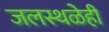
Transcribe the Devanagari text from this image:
जलस्थळेही